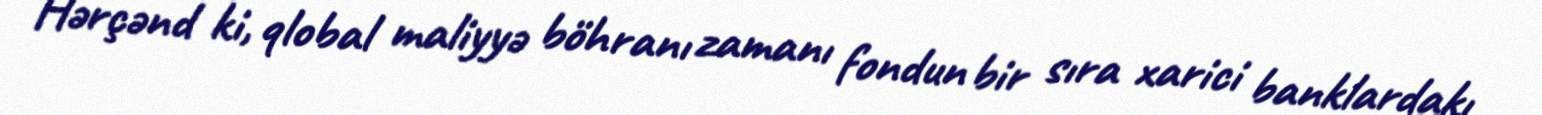
Hərçənd ki, qlobal maliyyə böhranı zamanı fondun bir sıra xarici banklardakı